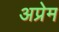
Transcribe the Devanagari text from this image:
अप्रेम